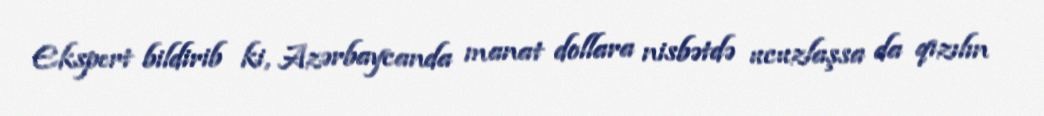
Ekspert bildirib ki, Azərbaycanda manat dollara nisbətdə ucuzlaşsa da qızılın